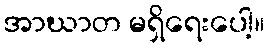
အာဃာတ မရှိရေးပေါ့။